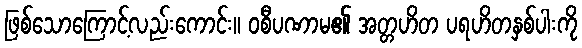
ဖြစ်သောကြောင့်လည်းကောင်း။ ဝစီပဏာမ၏ အတ္တဟိတ ပရဟိတနှစ်ပါးကို